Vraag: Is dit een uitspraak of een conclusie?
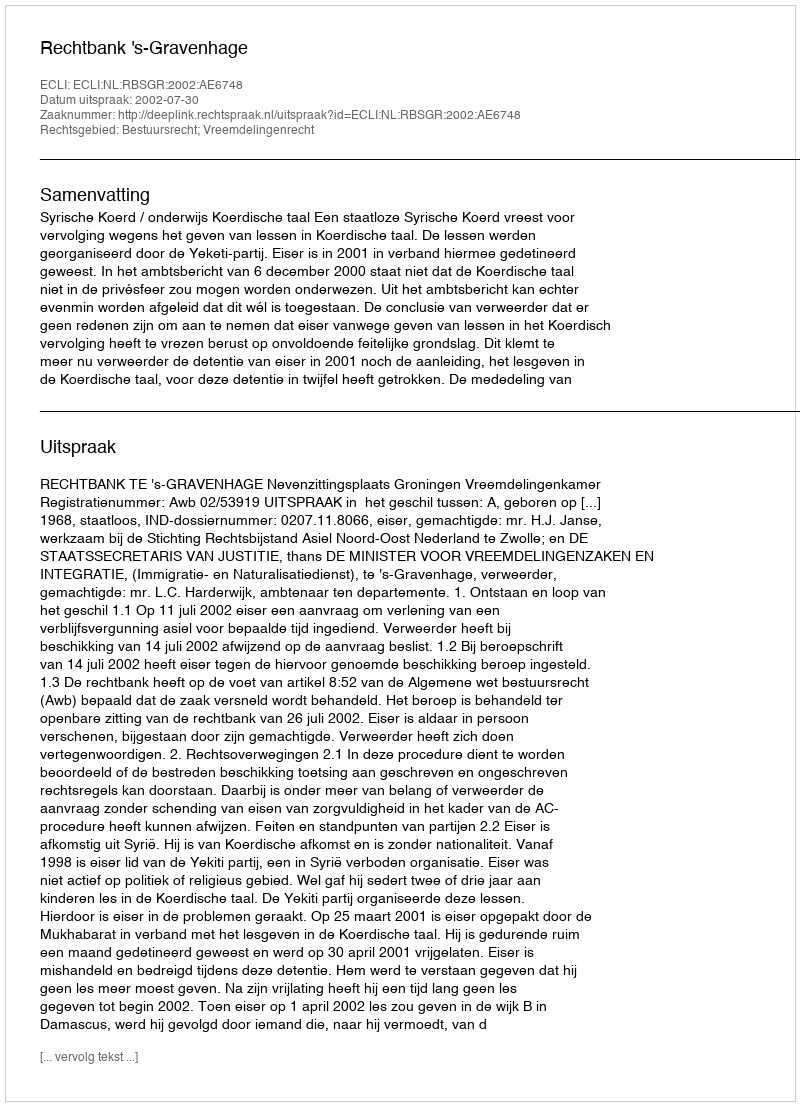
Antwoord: Uitspraak